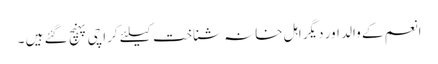
انعم کے والد اور دیگر اہل خانہ شناخت کیلئے کراچی پہنچ گئے ہیں ۔